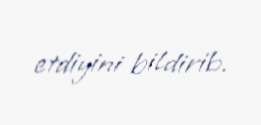
etdiyini bildirib.